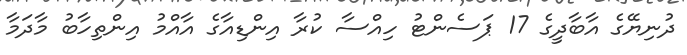
ދުނިޔޭގެ އާބާދީގެ 17 ޕަސެންޓު ހިއްސާ ކުރާ އިންޑިއާގެ އާއްމު އިންތިހާބު މާދަމާ